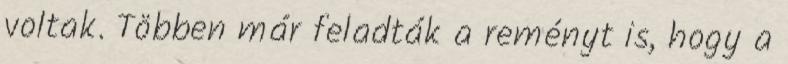
voltak. Többen már feladták a reményt is, hogy a